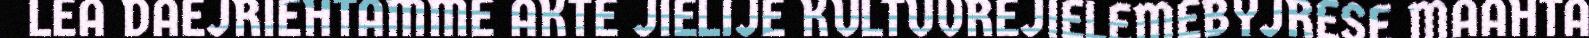
LEA DAEJRIEHTAMME AKTE JIELIJE KULTUVREJIELEMEBYJRESE MAAHTA